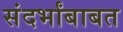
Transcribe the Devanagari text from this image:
संदर्भांबाबत